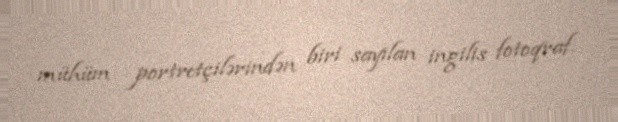
mühüm portretçilərindən biri sayılan ingilis fotoqraf.